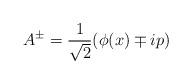
LaTeX: \begin{align*}A^\pm=\frac{1}{\sqrt{2}}(\phi(x)\mp i p)\end{align*}